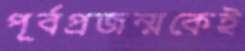
পূর্বপ্রজন্মকেই